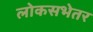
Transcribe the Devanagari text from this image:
लोकसभेतर